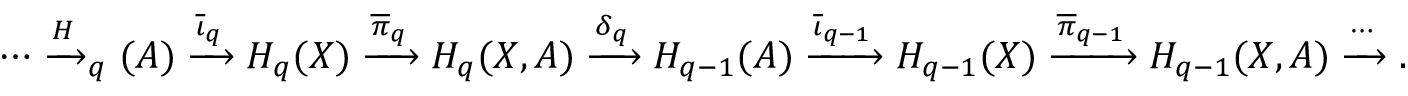
\cdots \xrightarrow H _ { q } ( A ) \xrightarrow { \overline { { \iota } } _ { q } } H _ { q } ( X ) \xrightarrow { \overline { { \pi } } _ { q } } H _ { q } ( X , A ) \xrightarrow { \delta _ { q } } H _ { q - 1 } ( A ) \xrightarrow { \overline { { \iota } } _ { q - 1 } } H _ { q - 1 } ( X ) \xrightarrow { \overline { { \pi } } _ { q - 1 } } H _ { q - 1 } ( X , A ) \xrightarrow \cdots .